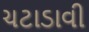
ચટાડાવી